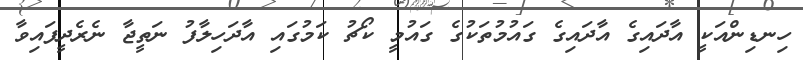
ހިނޑިންއަކީ އާދައިގެ އާދައިގެ ގައުމުތަކުގެ ގައުމީ ކޯޗު ކަމުގައި އާދަހިލާފު ނަތީޖާ ނެރެދީފައިވާ